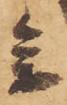
参